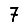
Digit: 7